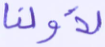
لأولنا